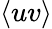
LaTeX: \langle uv\rangle